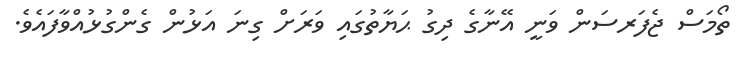
ތޯމަސް ޖެފަރސަން ވަނީ އޭނާގެ ދިގު ޙަޔާތުގައި ވަރަށް ގިނަ އަޅުން ގެންގުޅުއްވާފައެވެ.